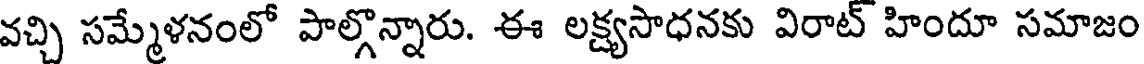
వచ్చి సమ్మేళనంలో పాల్గొన్నారు. ఈ లక్ష్యసాధనకు విరాట్ హిందూ సమాజం